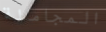
المجاملة